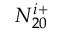
N _ { 2 0 } ^ { i + }